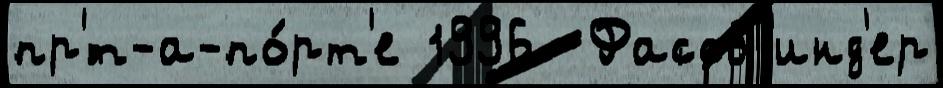
пр'́т-а-по́рт'е 1996  Фассб'инд'ер